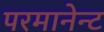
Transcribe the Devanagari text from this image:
परमानेन्ट